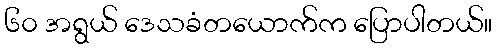
၆၀ အရွယ် ဒေသခံတယောက်က ပြောပါတယ်။